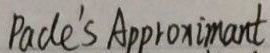
Padé's Approximant